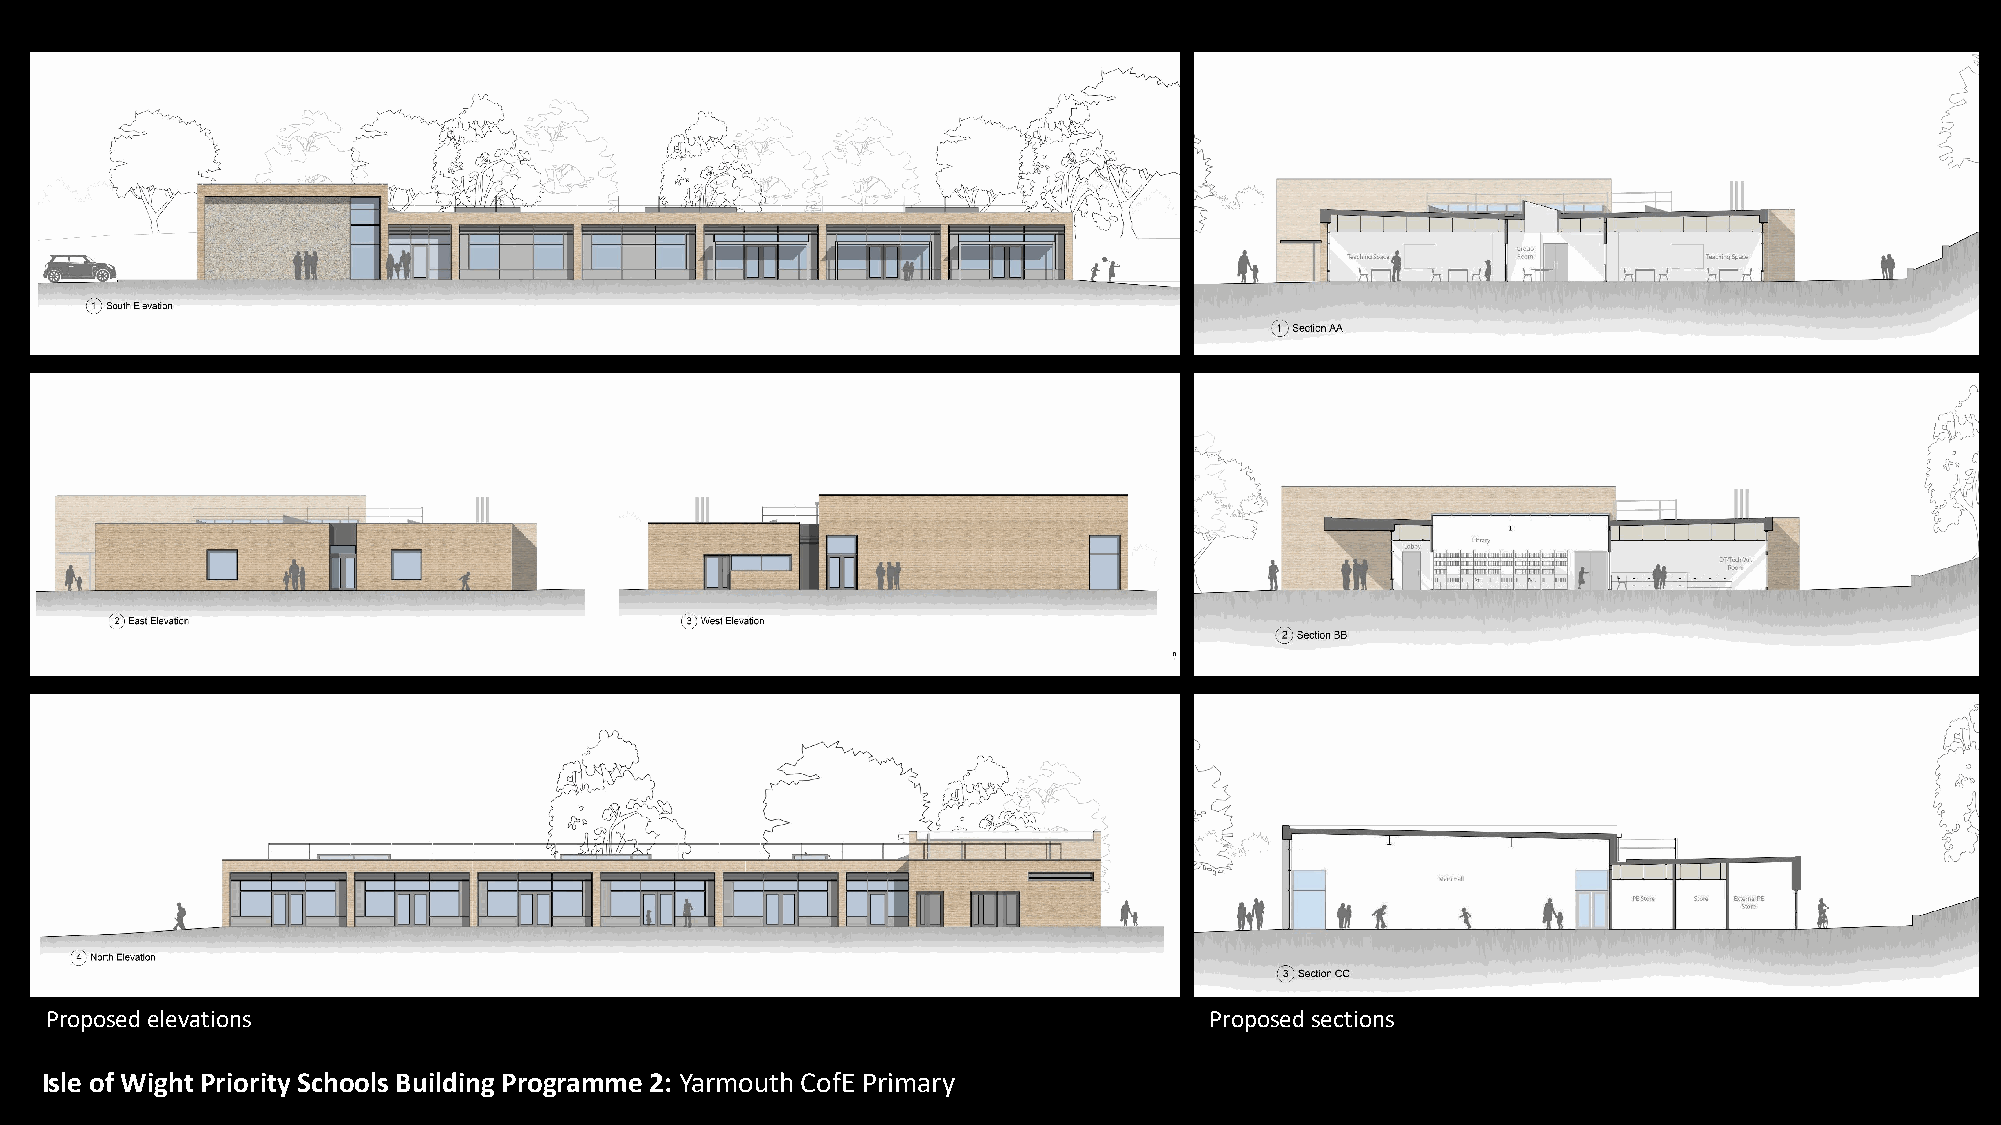
Proposed elevations                                                          Proposed sections
 Isle of Wight Priority Schools Building Programme 2: Yarmouth CofE Primary